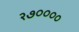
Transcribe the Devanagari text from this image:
२७००००